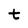
Character: t